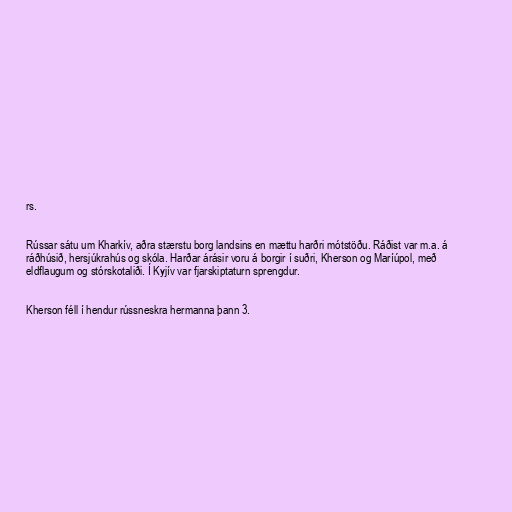
rs.

Rússar sátu um Kharkív, aðra stærstu borg landsins en mættu harðri mótstöðu. Ráðist var m.a. á
ráðhúsið, hersjúkrahús og skóla. Harðar árásir voru á borgir í suðri, Kherson og Maríúpol, með
eldflaugum og stórskotaliði. Í Kyjív var fjarskiptaturn sprengdur.

Kherson féll í hendur rússneskra hermanna þann 3.